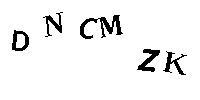
DNCMZK